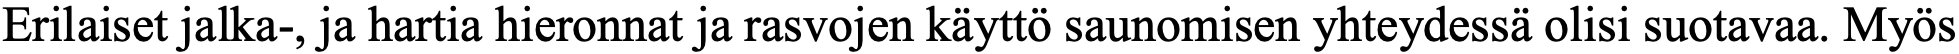
Erilaiset jalka-, ja hartia hieronnat ja rasvojen käyttö saunomisen yhteydessä olisi suotavaa. Myös